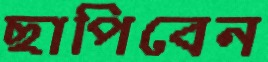
ছাপিবেন